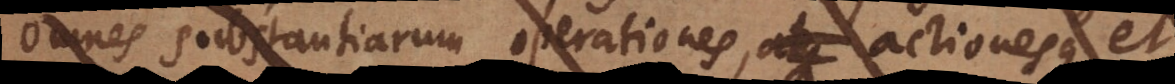
omnes substantiarum operationes, actiones passionesque esse